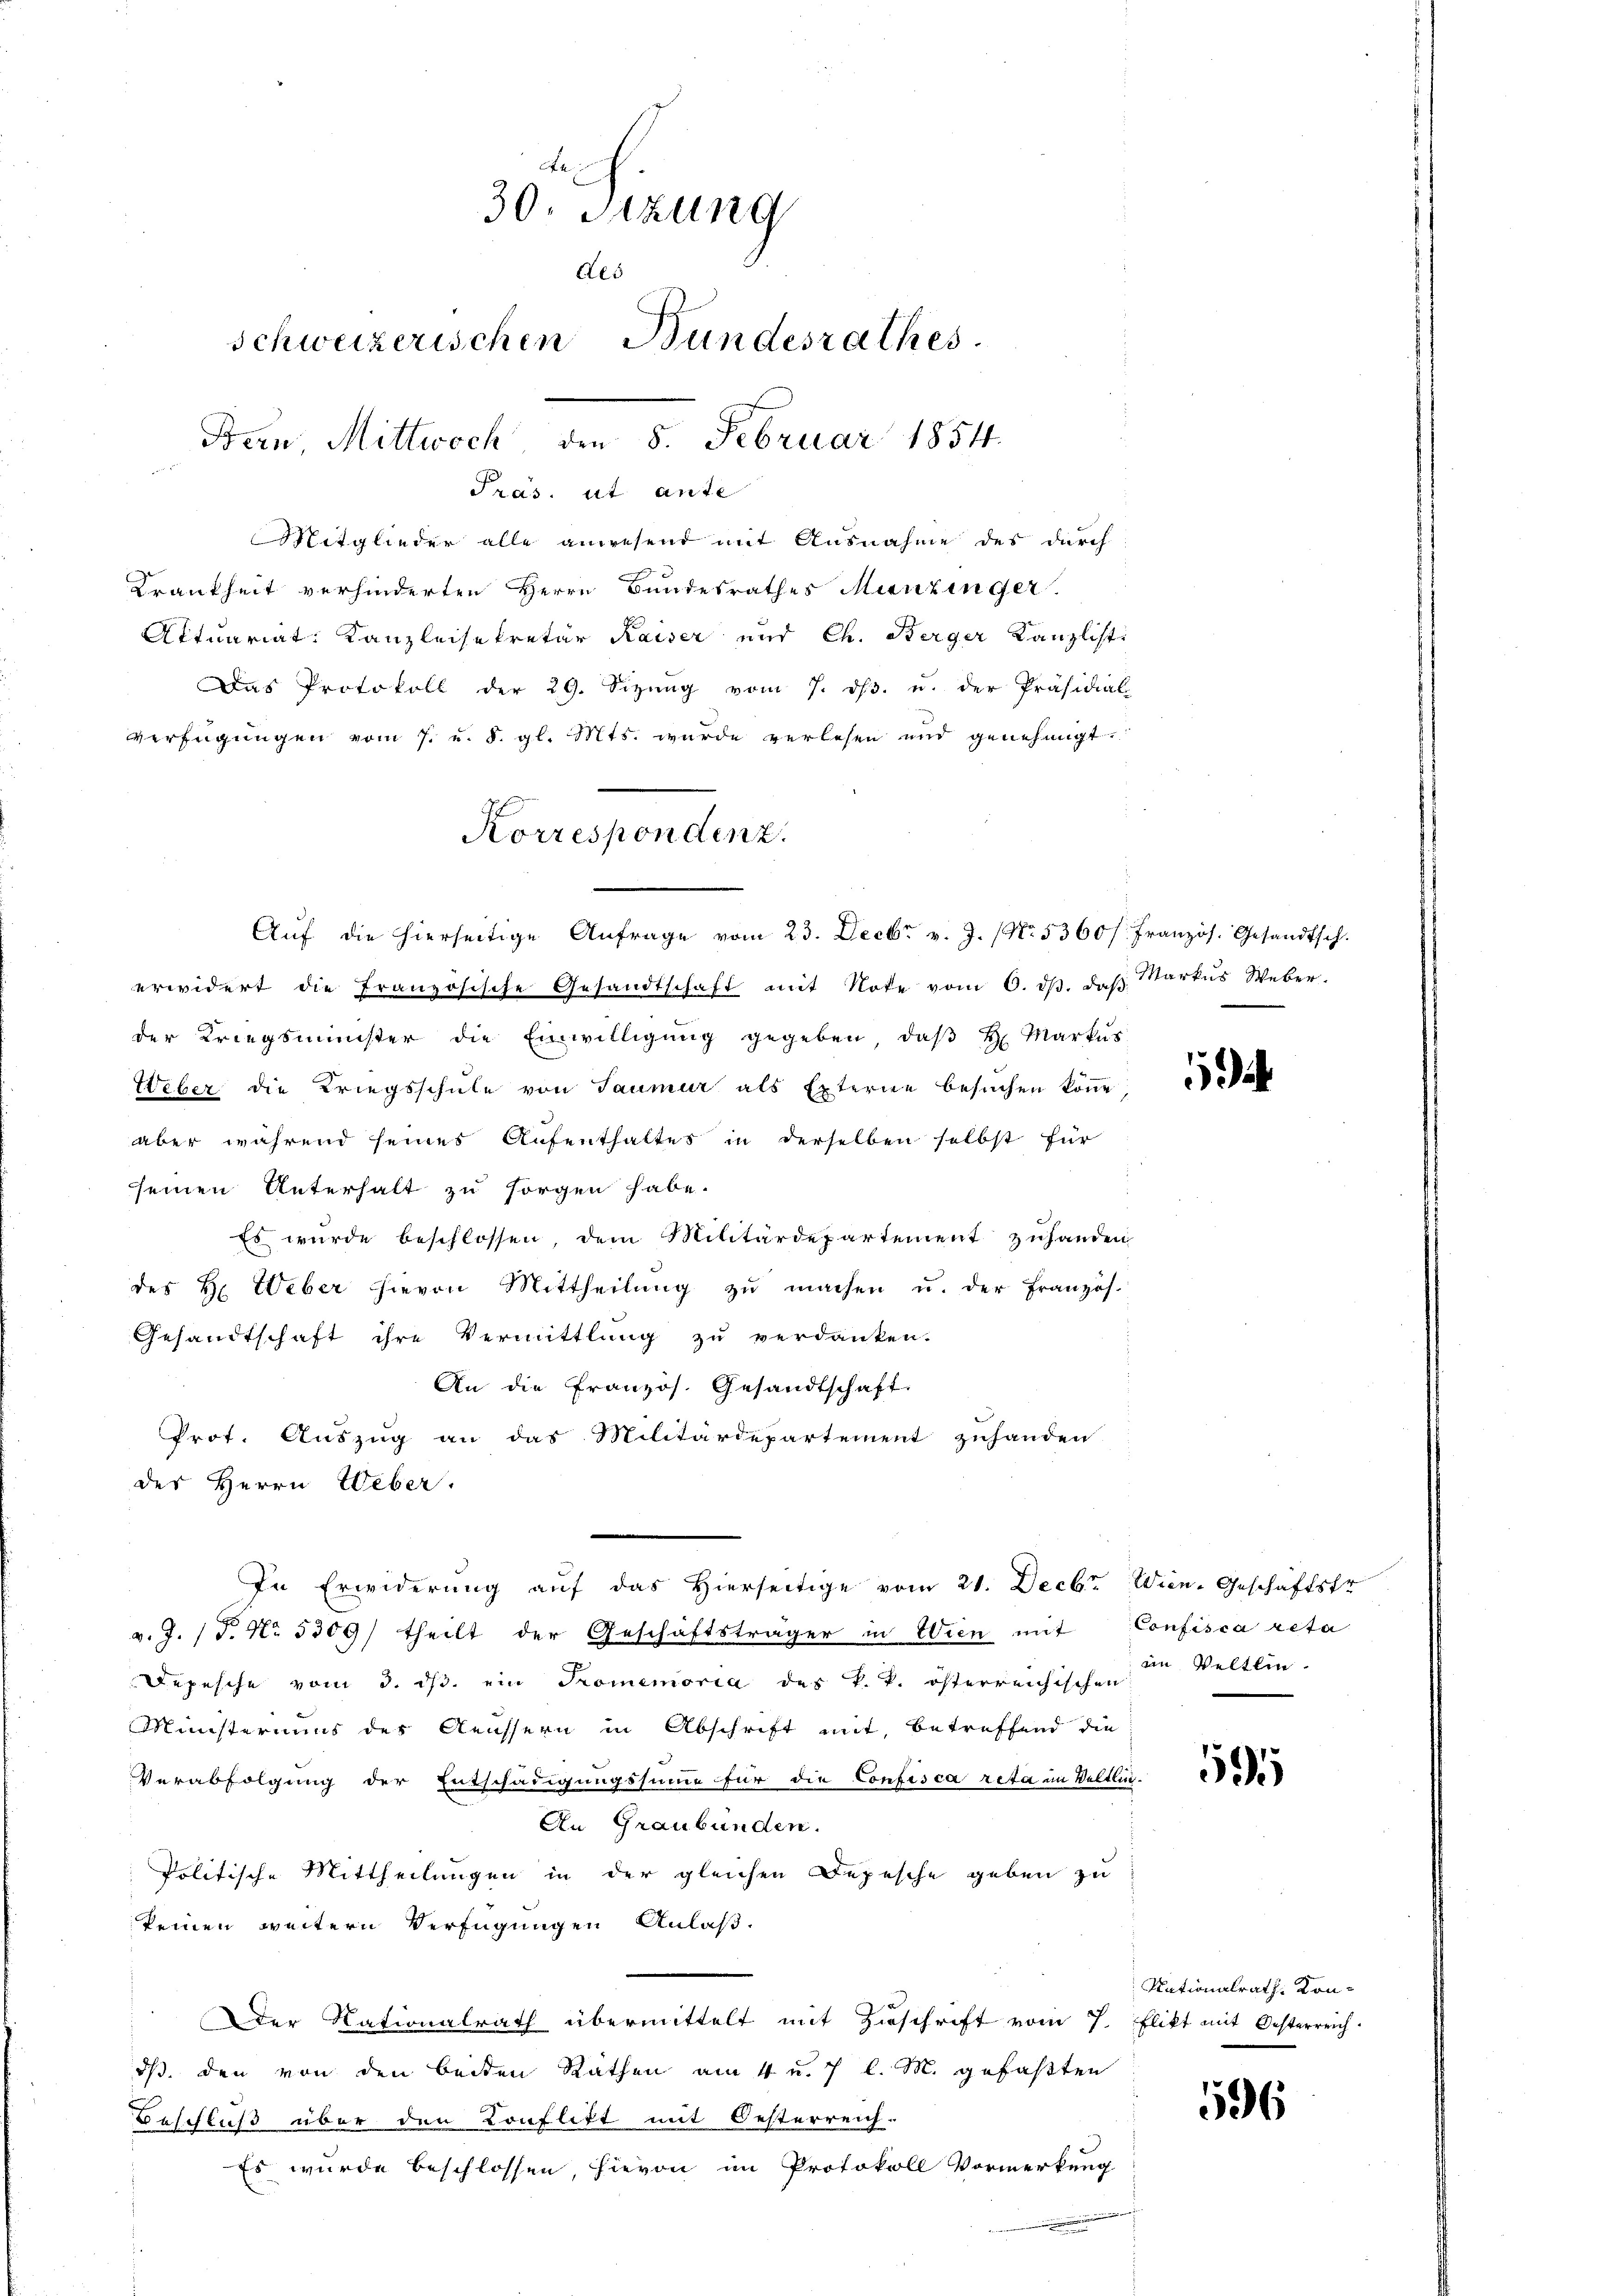
30. Sierung
des
schweizerischen Bundesrathes
Bern, Mittwoch, den 8. Februar 1854.

Präs. ut ante
Mitglieder alle anwesend mit Ausnahme des durch
Krankheit verhinderten Herrn Bundesrathes Munzinger
Actuariat Kanzleisekretär Kaiser und Ch. Berger Kanzlisti
Das Protokoll der 29. Sizŭng vom 7. dβ. u. der Präsidial-
verfügungen vom 7. u. 8. gl. Mts. wurde verlesen und genehmigt.
erwidert die Französische Gesandtschaft mit Note vom 6. dβ. daβ Markŭs Weber.
der Kriegsminister die Einwilligŭng gegeben, daβ hr. Markŭs
Weber die Kriegsschule von Taumer als Externe besuchen könne,
aber während seines Aufenthaltes in derselben selbst für
seinen Unterhalt zu sorgen habe.
Es wurde beschlossen, dem Militärdepartement zuhanden
des H. Weber hievon Mittheilŭng zŭ machen u. der Französ.
Gesandtschaft ihre Vermittlung zu verdanken.
An die französ. Gesandtschaft.
Prot. Auszug an das Militärdepartement zuhanden
des Herrn Weber.
In Erwiderung auf das hierseitige vom 21. Decbr. Wien. Geschäftsfr
v. J. (T. No. 5309) theilt der Geschäftsträger in Wien mit
Depesche vom 3. ds. ein Promemoria des k. k. österreichischen
Ministeriums des Aeussern in Abschrift mit, betreffend die
Verabfolgung der Entschädigungssumme für die Confisca reta im Veltlic
An Graubünden.
Politische Mittheilungen in der gleichen Depesche geben zu
keinen weitern Verfügungen Anlaß.
Der Nationalrath übermittelt mit Zuschrift vom 7. Elikt mit Oesterreich.
ds. den von den beiden Rathen am 4 u. 7 l. M. gefaßten
Beschluß über den Konflikt mit Oesterreich.
Es wurde beschlossen hievon im Protokoll Vormerkung
immen
.

Korrespondenz.
Aŭf die hierseitige Anfrage vom 23. Decbr v. J. (No. 5360 f. Französ. Gesandtsch.

¬

Confisca acta
in Veltlin

.

595

96

Nationalrath Kon-